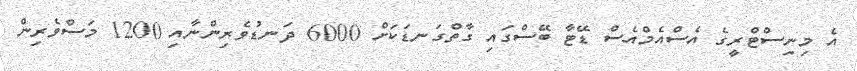
އެ މިނިސްޓްރީގެ އެސްއެމްއެސް ޑޭޓާ ބޭސްގައި ގާތްގަނޑަކަށް 6000 ދަނޑުވެރިންނާއި 1200 މަސްވެރިން